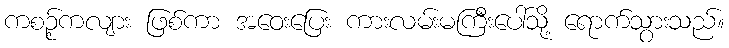
ကစဉ့်ကလျား ဖြစ်ကာ အဝေးပြေး ကားလမ်းမကြီးပေါ်သို့ ရောက်သွားသည်။